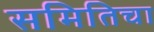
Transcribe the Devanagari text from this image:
समितिचा